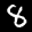
Label: 8